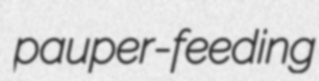
pauper-feeding